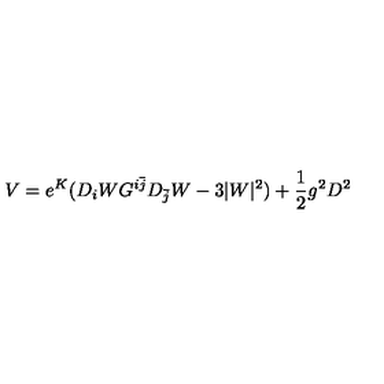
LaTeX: V = e ^ { K } ( D _ { i } W G ^ { i \bar { j } } D _ { \bar { j } } W - 3 \vert W \vert ^ { 2 } ) + { \frac { 1 } { 2 } } g ^ { 2 } D ^ { 2 }